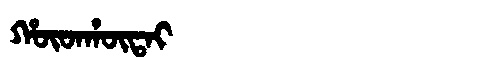
Manchu: ᡥᡡᡨᡥᡡᡨᠠᡳ
Romanization: HŪTHŪTAI